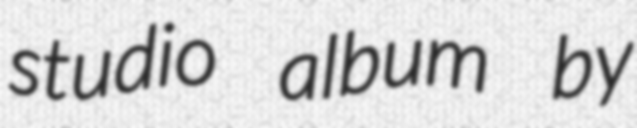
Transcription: studio album by